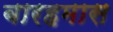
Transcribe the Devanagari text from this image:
बारहमास